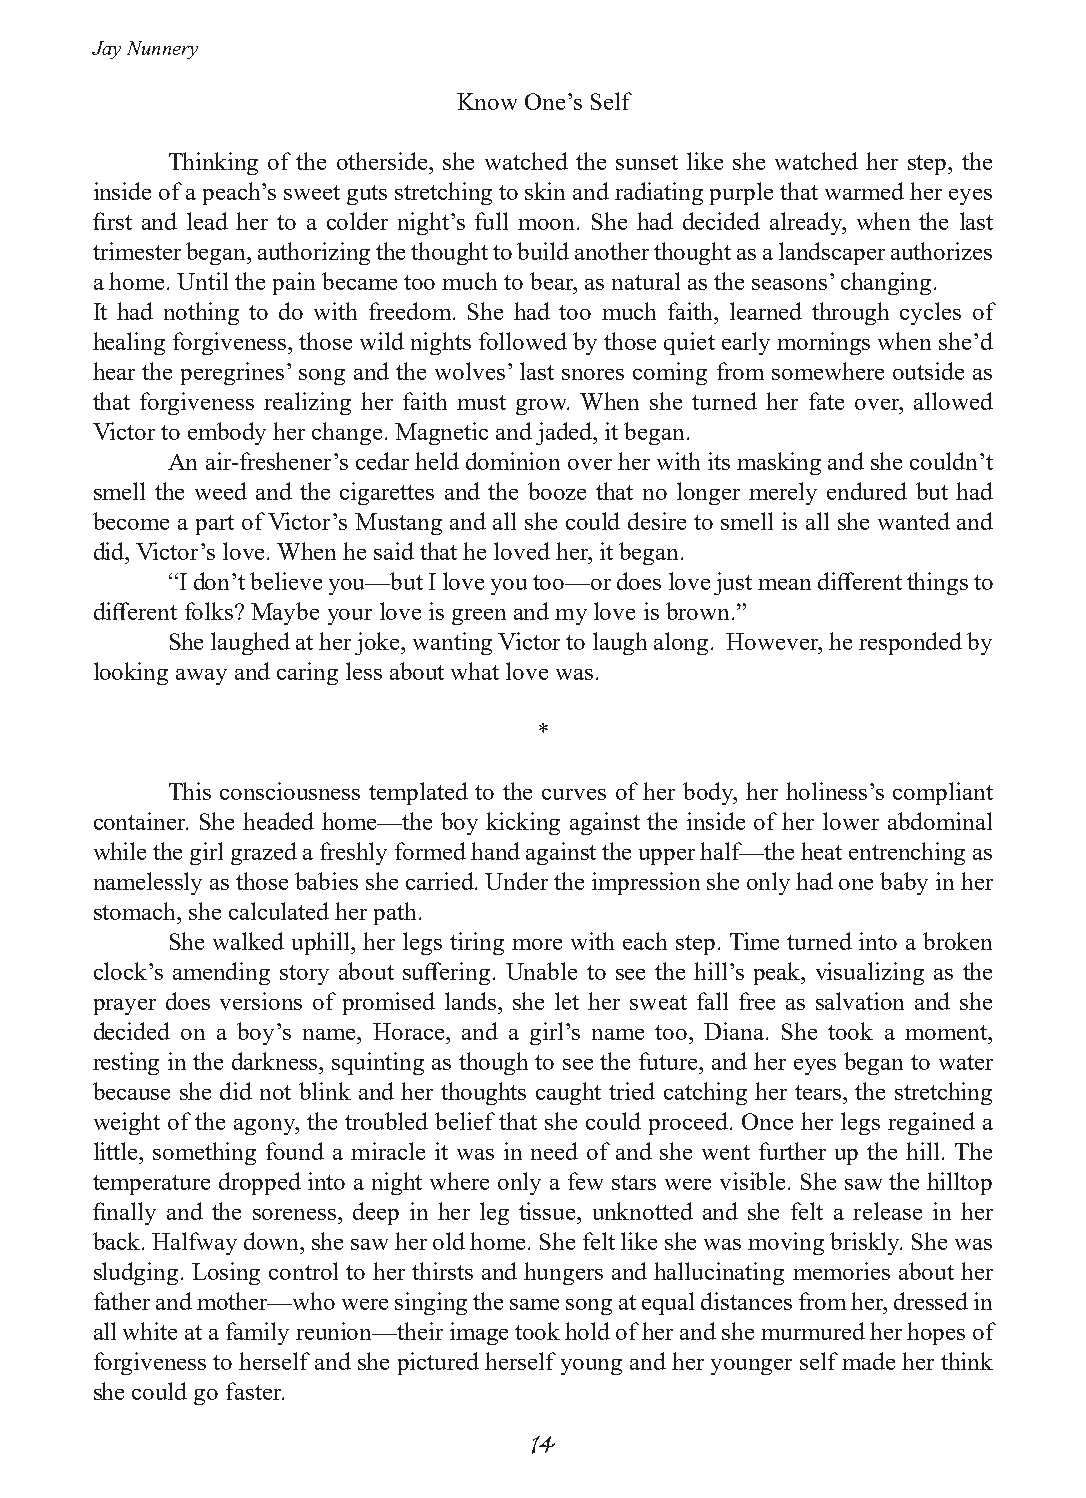
Jay Nunnery
 Know One’s Self
 Thinking of the otherside, she watched the sunset like she watched her step, the
 inside of a peach’s sweet guts stretching to skin and radiating purple that warmed her eyes
 first and lead her to a colder night’s full moon. She had decided already, when the last
 trimester began, authorizing the thought to build another thought as a landscaper authorizes
 a home. Until the pain became too much to bear, as natural as the seasons’ changing.
 It had nothing to do with freedom. She had too much faith, learned through cycles of
 healing forgiveness, those wild nights followed by those quiet early mornings when she’d
 hear the peregrines’ song and the wolves’ last snores coming from somewhere outside as
 that forgiveness realizing her faith must grow. When she turned her fate over, allowed
 Victor to embody her change. Magnetic and jaded, it began.
 An air-freshener’s cedar held dominion over her with its masking and she couldn’t
 smell the weed and the cigarettes and the booze that no longer merely endured but had
 become a part of Victor’s Mustang and all she could desire to smell is all she wanted and
 did, Victor’s love. When he said that he loved her, it began.
 “I don’t believe you—but I love you too—or does love just mean different things to
 different folks? Maybe your love is green and my love is brown.”
 She laughed at her joke, wanting Victor to laugh along. However, he responded by
 looking away and caring less about what love was.
 *
 This consciousness templated to the curves of her body, her holiness’s compliant
 container. She headed home—the boy kicking against the inside of her lower abdominal
 while the girl grazed a freshly formed hand against the upper half—the heat entrenching as
 namelessly as those babies she carried. Under the impression she only had one baby in her
 stomach, she calculated her path.
 She walked uphill, her legs tiring more with each step. Time turned into a broken
 clock’s amending story about suffering. Unable to see the hill’s peak, visualizing as the
 prayer does versions of promised lands, she let her sweat fall free as salvation and she
 decided on a boy’s name, Horace, and a girl’s name too, Diana. She took a moment,
 resting in the darkness, squinting as though to see the future, and her eyes began to water
 because she did not blink and her thoughts caught tried catching her tears, the stretching
 weight of the agony, the troubled belief that she could proceed. Once her legs regained a
 little, something found a miracle it was in need of and she went further up the hill. The
 temperature dropped into a night where only a few stars were visible. She saw the hilltop
 finally and the soreness, deep in her leg tissue, unknotted and she felt a release in her
 back. Halfway down, she saw her old home. She felt like she was moving briskly. She was
 sludging. Losing control to her thirsts and hungers and hallucinating memories about her
 father and mother—who were singing the same song at equal distances from her, dressed in
 all white at a family reunion—their image took hold of her and she murmured her hopes of
 forgiveness to herself and she pictured herself young and her younger self made her think
 she could go faster.
 14